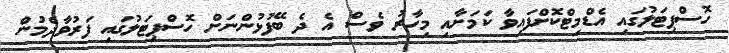
ހޮސްޕިޓަލުގައި އެޑްމިޓްކޮށްފައިވާ ކަމަށާއި މިހާރު ވެސް އެ ދެ ބޭފުޅުންނަށް ހޮސްޕިޓަލުގައި ފަރުވާދެމުން